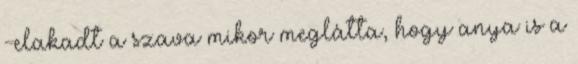
-elakadt a szava mikor meglátta, hogy anya is a